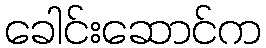
ခေါင်းဆောင်က